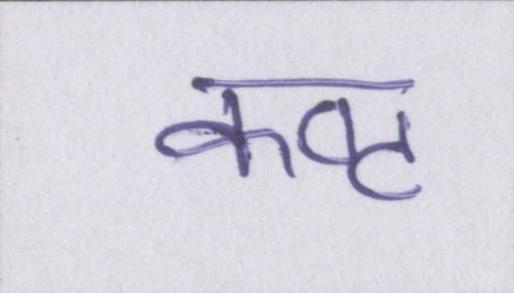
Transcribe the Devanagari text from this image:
कष्ट